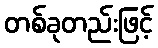
တစ်ခုတည်းဖြင့်